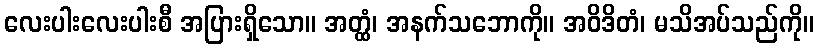
လေးပါးလေးပါးစီ အပြားရှိသော။ အတ္ထံ၊ အနက်သဘောကို။ အဝိဒိတံ၊ မသိအပ်သည်ကို။